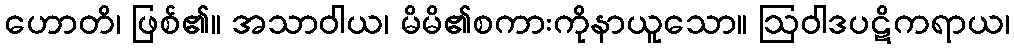
ဟောတိ၊ ဖြစ်၏။ အသာဝါယ၊ မိမိ၏စကားကိုနာယူသော။ ဩဝါဒပဋိကရာယ၊